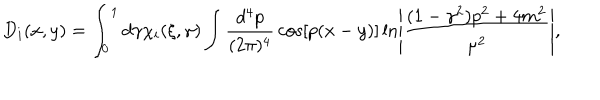
D _ { i } ( x , y ) = \int _ { 0 } ^ { 1 } d \gamma \chi _ { i } ( \xi , \gamma ) \int { \frac { d ^ { 4 } p } { ( 2 \pi ) ^ { 4 } } } \cos [ p ( x - y ) ] \ln \left| { \frac { ( 1 - \gamma ^ { 2 } ) p ^ { 2 } + 4 m ^ { 2 } } { \mu ^ { 2 } } } \right| ,